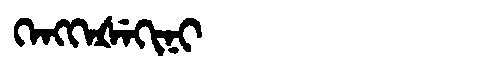
Manchu: ᡴᡝᠩᡴᡝᡧᡝᡴᡳᠨᡳ
Romanization: KENGKEŠEKINI